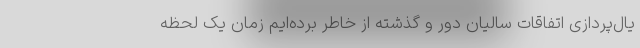
یال‌پردازی اتفاقات سالیان دور و گذشته از خاطر برده‌ایم زمان یک لحظه